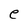
Character: e